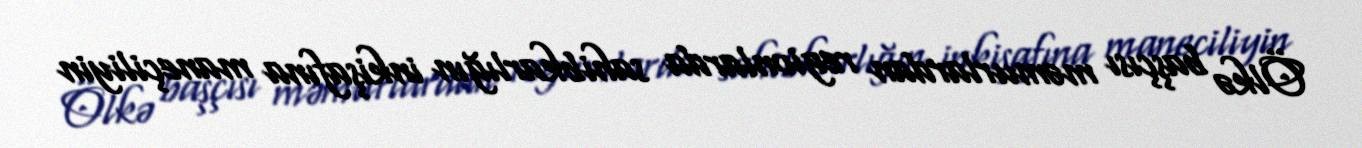
Ölkə başçısı məmurlardan regionlarda sahibkarlığın inkişafına maneçiliyin